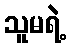
သူမရဲ့